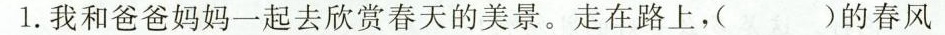
1.我和爸爸妈妈一起去欣赏春天的美景。走在路上，( )的春风